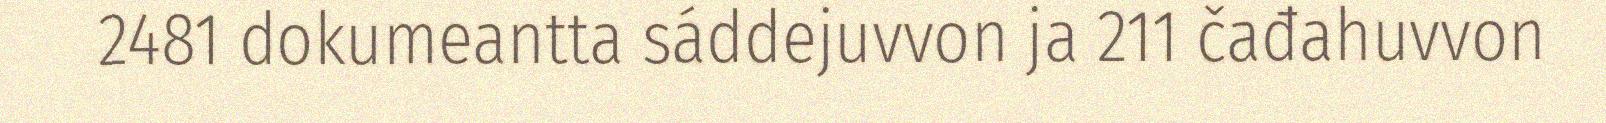
2481 dokumeantta sáddejuvvon ja 211 čađahuvvon